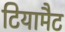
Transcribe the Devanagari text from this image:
टियामैट